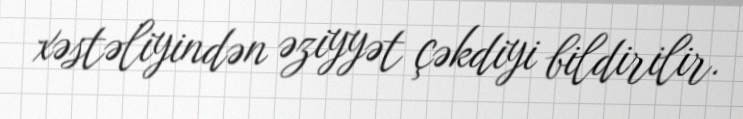
xəstəliyindən əziyyət çəkdiyi bildirilir.